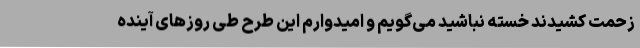
زحمت کشیدند خسته نباشید می‌گویم و امیدوارم این طرح طی روزهای آینده